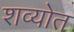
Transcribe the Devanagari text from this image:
शव्योत